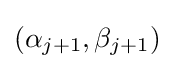
(\alpha _{j+1},\beta _{j+1})